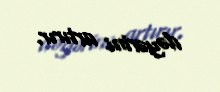
dəyərini artırır.